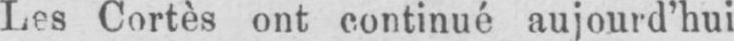
Les Cortès ont continué aujourd’hui